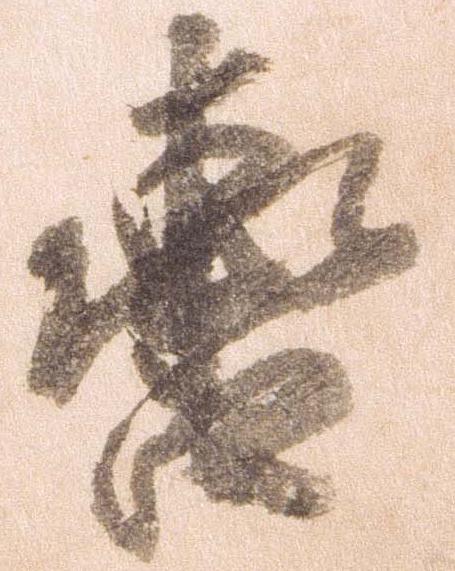
轡